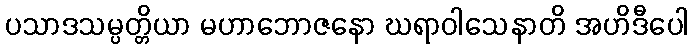
ပသာဒသမ္ပတ္တိယာ မဟာဘောဇနော ဃရာဝါသေနာတိ အဟိဒီပေါ